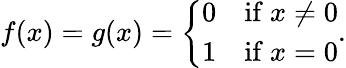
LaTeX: f(x)=g(x)={\left\{ \begin{array}{ll}{0}&{{\mathrm{if~}}x\neq 0}\\ {1}&{{\mathrm{if~}}x=0}\end{array}\right.}.